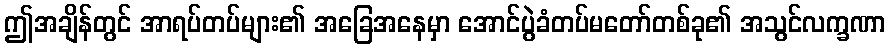
ဤအချိန်တွင် အာရပ်တပ်များ၏ အခြေအနေမှာ အောင်ပွဲခံတပ်မတော်တစ်ခု၏ အသွင်လက္ခဏာ